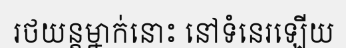
រថយន្តម្នាក់នោះ នៅទំនេរឡើយ